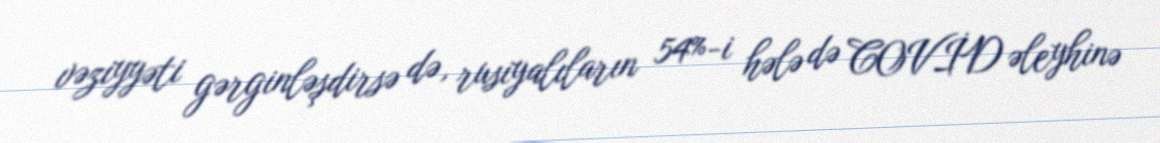
vəziyyəti gərginləşdirsə də, rusiyalıların 54%-i hələ də COVİD əleyhinə